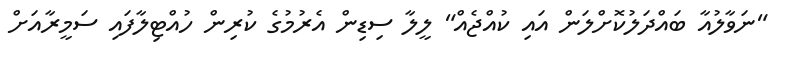
"ނަވާލުއާ ބައްދަލުކޮށްލަން އައި ކުއްޖެއް" ލީލާ ސިޑިން އެރުމުގެ ކުރިން ހުއްޓިލާފައި ސަމީރާއަށް